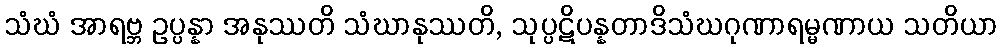
သံဃံ အာရဗ္ဘ ဥပ္ပန္နာ အနုဿတိ သံဃာနုဿတိ, သုပ္ပဋိပန္နတာဒိသံဃဂုဏာရမ္မဏာယ သတိယာ